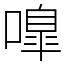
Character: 嘷